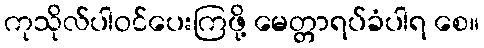
ကုသိုလ်ပါဝင်ပေးကြဖို့ မေတ္တာရပ်ခံပါရ စေ။